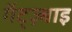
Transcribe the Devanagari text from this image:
गॅट्ज़्बाइ